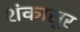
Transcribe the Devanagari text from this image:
शंकासूर